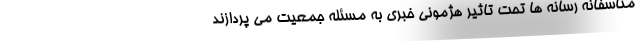
متاسفانه رسانه ها تحت تاثیر هژمونی خبری به مسئله جمعیت می پردازند